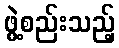
ဖွဲ့စည်းသည့်